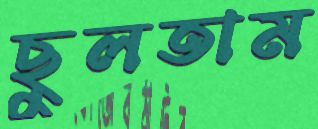
ছুলতাম